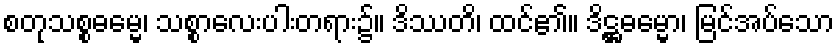
စတုသစ္စဓမ္မေ၊ သစ္စာလေးပါးတရား၌။ ဒိဿတိ၊ ထင်၏။ ဒိဋ္ဌဓမ္မော၊ မြင်အပ်သော